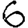
Digit: 6